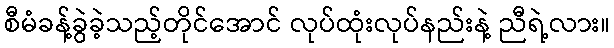
စီမံခန့်ခွဲခဲ့သည့်တိုင်အောင် လုပ်ထုံးလုပ်နည်းနဲ့ ညီရဲ့လား။